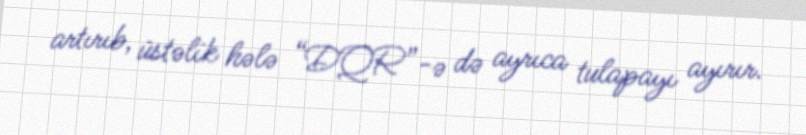
artırıb, üstəlik hələ “DQR”-ə də ayrıca tulapayı ayırır.